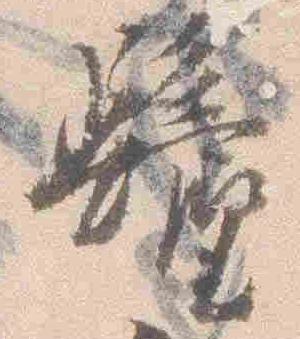
鬢